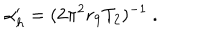
\alpha _ { h } ^ { \prime } = ( 2 \pi ^ { 2 } r _ { 9 } T _ { 2 } ) ^ { - 1 } \ .